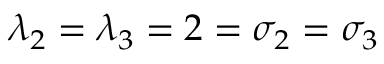
\lambda _ { 2 } = \lambda _ { 3 } = 2 = \sigma _ { 2 } = \sigma _ { 3 }